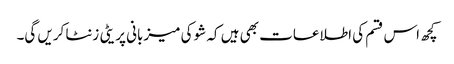
کچھ اس قسم کی اطلاعات بھی ہیں کہ شو کی میزبانی پریٹی زنٹا کریں گی۔